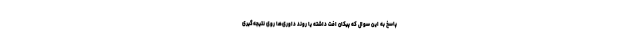
پاسخ به این سوال که پیکان افت داشته یا روند داوری‌ها روی نتیجه‌گیری